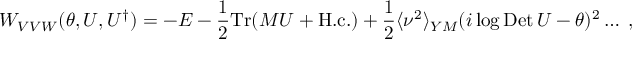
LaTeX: W _ { V V W } ( \theta , U , U ^ { \dagger } ) = - E - \frac { 1 } { 2 } \mathrm { T r } ( M U + \mathrm { H . c . } ) + \frac { 1 } { 2 } \langle \nu ^ { 2 } \rangle _ { Y M } ( i \log \mathrm { D e t } \, U - \theta ) ^ { 2 } \ldots \; ,